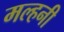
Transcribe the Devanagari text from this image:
मल्‍हनी